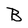
Character: B